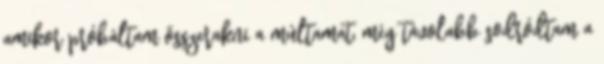
amikor próbáltam összerakni a múltamat, még távolabb sodródtam a